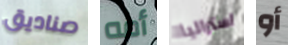
صناديق أمه استراليا أو